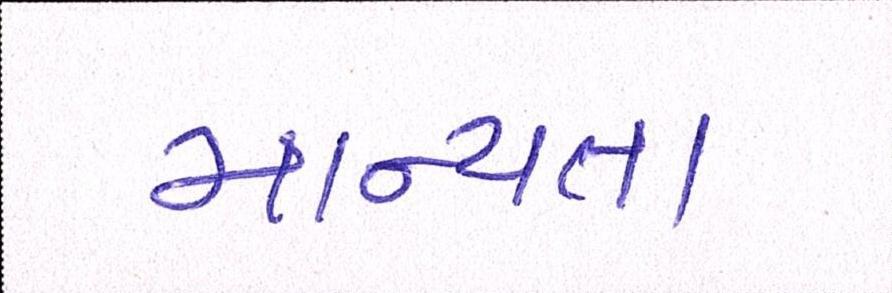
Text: માન્યતા